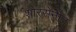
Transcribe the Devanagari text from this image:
शौरसेनीत